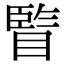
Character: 𥊇